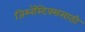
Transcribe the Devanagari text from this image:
जिम्नॅस्टिक्ससाठी